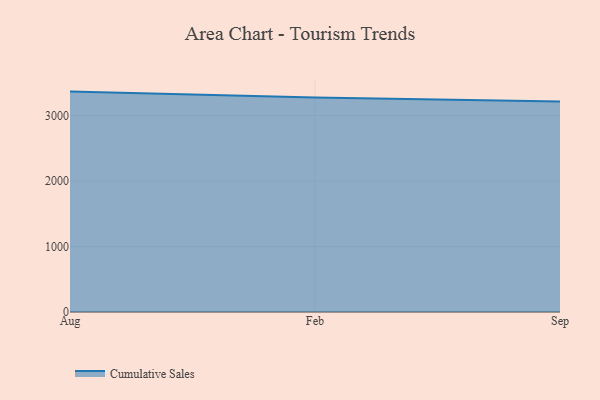
{"axis": {"x": "Month", "y": "Inventory Turnover"}, "legend": ["Cumulative Sales"], "data": [{"x": "Aug", "y": 3366.1, "type": "Cumulative Sales"}, {"x": "Feb", "y": 3276.3, "type": "Cumulative Sales"}, {"x": "Sep", "y": 3214.9, "type": "Cumulative Sales"}]}